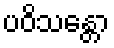
ပဝိသန္တော